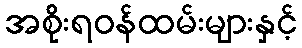
အစိုးရဝန်ထမ်းများနှင့်